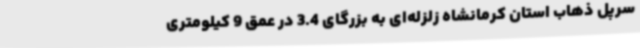
سرپل ذهاب استان کرمانشاه زلزله‌ای به بزرگای 3.4 در عمق 9 کیلومتری